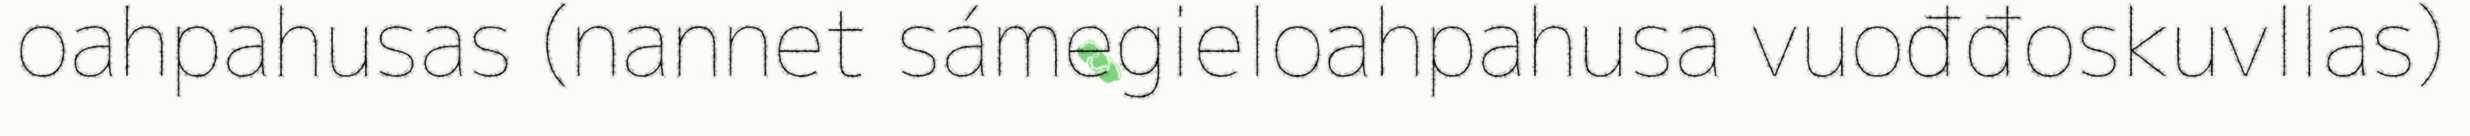
oahpahusas (nannet sámegieloahpahusa vuođđoskuvllas)